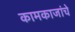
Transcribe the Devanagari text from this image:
कामकाजांचे